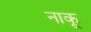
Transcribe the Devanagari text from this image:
नाकू